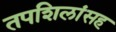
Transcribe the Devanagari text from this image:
तपशिलांसह